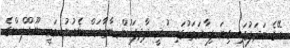
އޭގެ ބަދަލުގައި ގިނަ ފިހާރަތަކުގައި ހުރީ ދާދިފަހުން ބާޒާރަށް ނެރުނު މަމީ ނޫޑްލްސްގެ